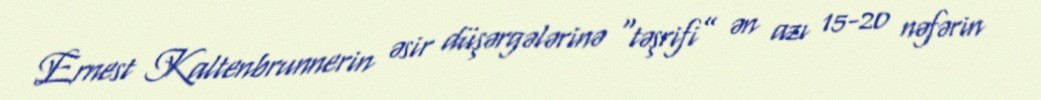
Ernest Kaltenbrunnerin əsir düşərgələrinə “təşrifi” ən azı 15-20 nəfərin